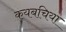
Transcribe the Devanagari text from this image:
कयबचिया